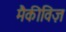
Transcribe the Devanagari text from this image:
मैकीविज़